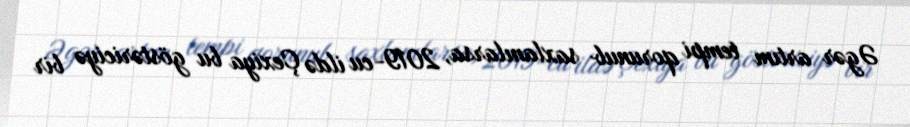
Əgər artım tempi qorunub saxlanılarsa, 2019-cu ildə Çexiya bu göstəriciyə bir